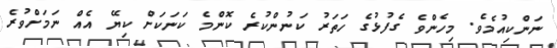
ނަންކިއުމެވެ. މިހެންވެ ގެފުޅުގެ ހަތަރު ކަނުންކުރެ ކޮންމެ ކަނަކަށް ކިޔޭ އެއް ނަމަށްވުރެ